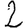
Digit: 2